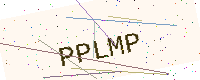
Text: PPLMP